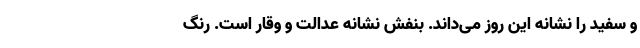
و سفید را نشانه این روز می‌داند. بنفش نشانه عدالت و وقار است. رنگ